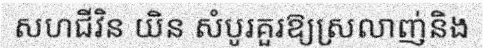
សហជីវិន យិន សំបូរគួរឱ្យស្រលាញ់និង